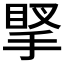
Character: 𢯲